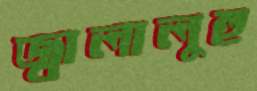
জ্বালালুহু